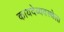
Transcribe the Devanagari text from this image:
कायदेव्यवस्थेला